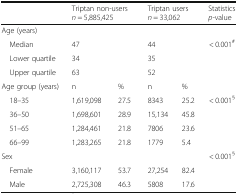
<table><thead><tr><td></td><td colspan="2"><b>Triptan non-users<i>n</i> = 5,885,425</b></td><td colspan="2"><b>Triptan users<i>n</i> = 33,062</b></td><td><b>Statistics<i>p</i>-value</b></td></tr></thead><tbody><tr><td colspan="6">Age (years)</td></tr><tr><td> Median</td><td>47</td><td></td><td>44</td><td></td><td>&lt; 0.001<sup>#</sup></td></tr><tr><td> Lower quartile</td><td>34</td><td></td><td>35</td><td></td><td></td></tr><tr><td> Upper quartile</td><td>63</td><td></td><td>52</td><td></td><td></td></tr><tr><td>Age group (years)</td><td>n</td><td>%</td><td>n</td><td>%</td><td></td></tr><tr><td> 18–35</td><td>1,619,098</td><td>27.5</td><td>8343</td><td>25.2</td><td>&lt; 0.001<sup>§</sup></td></tr><tr><td> 36–50</td><td>1,698,601</td><td>28.9</td><td>15,134</td><td>45.8</td><td></td></tr><tr><td> 51–65</td><td>1,284,461</td><td>21.8</td><td>7806</td><td>23.6</td><td></td></tr><tr><td> 66–99</td><td>1,283,265</td><td>21.8</td><td>1779</td><td>5.4</td><td></td></tr><tr><td colspan="5">Sex</td><td>&lt; 0.001<sup>§</sup></td></tr><tr><td> Female</td><td>3,160,117</td><td>53.7</td><td>27,254</td><td>82.4</td><td></td></tr><tr><td> Male</td><td>2,725,308</td><td>46.3</td><td>5808</td><td>17.6</td><td></td></tr></tbody></table>